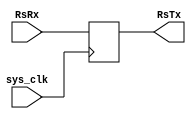
`timescale 1ns / 1ps
//////////////////////////////////////////////////////////////////////////////////
// Company: 
// Engineer: 
// 
// Design Name: 
// Module Name: FT2232_test
// Project Name: 
// Target Devices: 
// Tool Versions: 
// Description: 
// 
// Dependencies: 
// 
// Revision:
// Revision 0.01 - File Created
// Additional Comments: This is ment to test the the FTDI 2232hq uart transciever on the Basys 3 FPGA board
// 
//////////////////////////////////////////////////////////////////////////////////

// bre if this breaks im kinda not in a great place

module FT2232_test(
    input sys_clk,
    input RsRx,
    output reg RsTx
    );

always @(posedge sys_clk) begin //sequential assignment allows for the use of a debug core
    RsTx <= RsRx;
end


endmodule